Report on the Civil Veterinary Department, Eastern Bengal and Assam - 1907-1911
Year: 1907
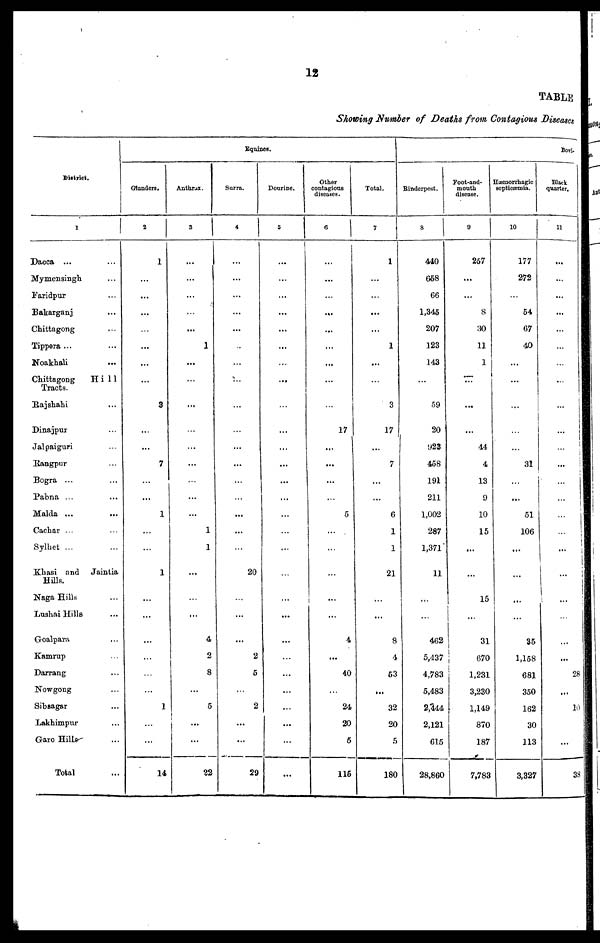
12
TABLE
Showing Number of Deaths from Contagious Diseases
Showing Number of Deaths from Contagious Diseases
District.
1
Dacca ...
Mymensingh …
Faridpur …
Bakarganj …
Chittagong …
Tippera ... …
Noakhali …
Chittagong
Hill
Tracts.
Rajshahi …
Dinajpur …
Jalpaiguri …
Rangpur …
Bogra ... …
Pabna ... …
Malda ... …
Cachar ... …
Sylhet ... …
Khasi and Jaintia
Hills.
Naga Hills …
Lushai Hills …
Goalpara …
Kamrup …
Darrang …
Nowgong …
Sibsagar …
Lakhimpur …
Garo Hills …
Total …
Equines.
Glanders.
2
1
...
...
...
…
...
...
…
3
...
...
7
…
...
1
...
...
1
...
...
...
...
…
…
1
…
...
14
Anthrax.
3
…
…
...
…
...
1
...
...
...
…
...
...
…
...
...
1
1
…
…
...
4
2
8
...
5
...
...
22
Surra.
4
...
...
...
...
...
…
...
…
…
…
...
…
...
…
...
...
…
20
…
…
...
2
5
…
2
...
...
29
Dourine.
5
…
...
...
...
...
...
…
…
…
...
...
...
...
...
...
…
...
…
…
...
...
...
...
...
...
...
...
...
Other
contagions
diseases.
6
…
...
...
…
...
...
...
…
…
17
...
...
...
...
5
...
...
…
…
...
4
...
40
...
24
20
5
115
Total.
7
1
...
...
...
...
1
...
…
3
17
...
7
...
...
6
1
1
21
...
...
8
4
53
...
32
20
5
180
Bovi-
Rinderpest.
8
440
668
66
1,345
207
123
143
59
20
923
458
191
211
1,002
287
1,371
11
...
...
462
5,437
4,783
5,483
2,344
2,121
615
28,860
Foot-and-
mouth
disease.
9
257
...
...
8
30
11
1
777
...
...
44
4
13
9
10
15
...
…
15
...
31
670
1,231
3,230
1,149
870
187
7,783
Hæmorrhagic
septicæmia.
10
177
272
…
54
67
40
...
...
...
…
...
31
...
...
51
106
...
…
...
...
35
1,158
681
350
162
30
113
3,327
Black
quarter.
11
...
...
...
...
...
…
…
...
|
…
…
…
…
...
...
...
...
…
…
…
...
...
28
...
10
…
...
38